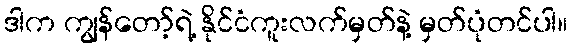
ဒါက ကျွန်တော့်ရဲ့ နိုင်ငံကူးလက်မှတ်နဲ့ မှတ်ပုံတင်ပါ။